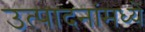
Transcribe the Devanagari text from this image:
उत्पादनांमध्‍ये